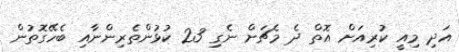
އަދި މިއީ ކުރިއަށް އޮތް ދެ މެޗަށް ނެގި 23 ކުޅުންތެރިންނާއި ބެހޭގޮތުން